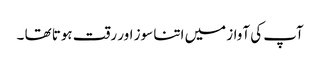
آپ کی آواز میں اتنا سوز اور رقت ہوتا تھا ۔